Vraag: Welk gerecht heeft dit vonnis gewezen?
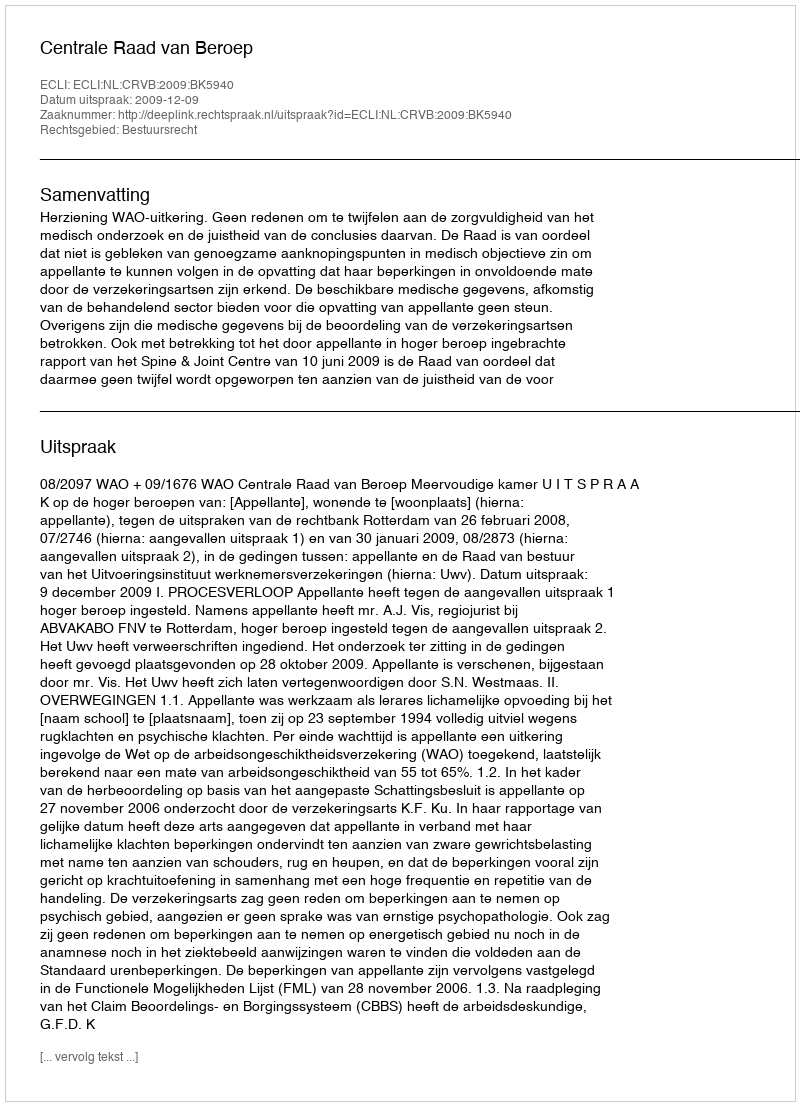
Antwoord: Centrale Raad van Beroep